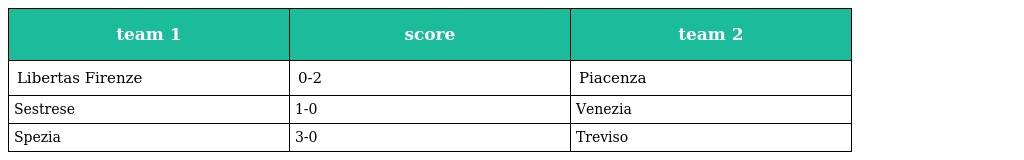
| team 1 | score | team 2 |
 | --- | --- | --- |
 | Libertas Firenze | 0-2 | Piacenza |
 | Sestrese | 1-0 | Venezia |
 | Spezia | 3-0 | Treviso |